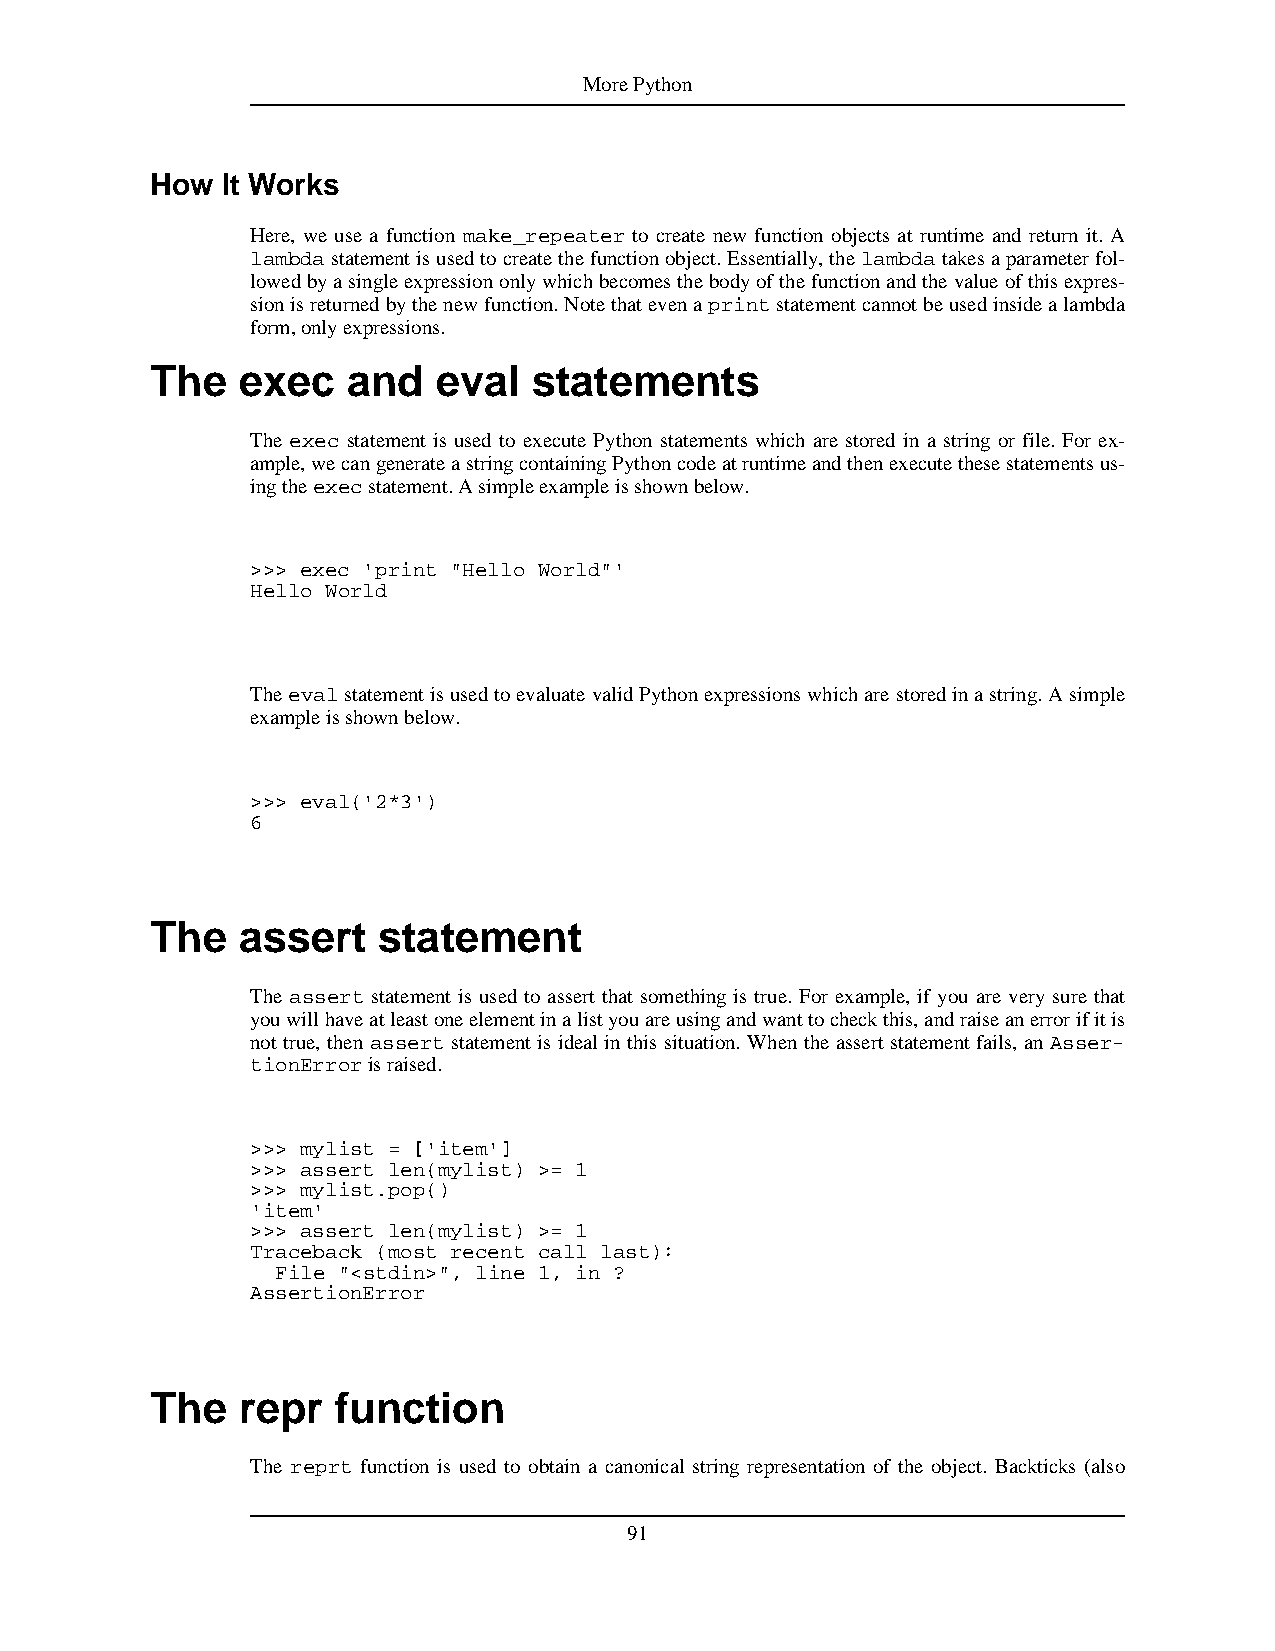
MorePython
 How  It Works
 Here, we use a function make_repeater to create new function objects at runtime and return it. A
 lambdastatementisusedtocreatethefunctionobject.Essentially,thelambdatakesaparameterfol-
 lowedbyasingleexpressiononlywhichbecomesthebodyofthefunctionandthevalueofthisexpres-
 sionisreturnedbythenewfunction.Notethatevenaprintstatementcannotbeusedinsidealambda
 form,onlyexpressions.
 The   exec   and   eval  statements
 The exec statement is used to execute Python statements which are stored in a string or file. For ex-
 ample,wecangenerateastringcontainingPythoncodeatruntimeandthenexecutethesestatementsus-
 ingtheexecstatement.Asimpleexampleisshownbelow.
 >>> exec 'print "Hello World"'
 Hello World
 TheevalstatementisusedtoevaluatevalidPythonexpressionswhicharestoredinastring.Asimple
 exampleisshownbelow.
 >>> eval('2*3')
 6
 The   assert   statement
 The assert statement is used to assert that something is true. For example, if you are very sure that
 youwillhaveatleastoneelementinalistyouareusingandwanttocheckthis,andraiseanerrorifitis
 not true, then assert statement is ideal in this situation. When the assert statement fails, an Asser-
 tionErrorisraised.
 >>> mylist = ['item']
 >>> assert len(mylist) >= 1
 >>> mylist.pop()
 'item'
 >>> assert len(mylist) >= 1
 Traceback (most recent call last):
 File "<stdin>", line 1, in ?
 AssertionError
 The   repr  function
 The reprt function is used to obtain a canonical string representation of the object. Backticks (also
 91